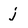
Character: j